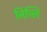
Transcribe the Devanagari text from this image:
निच्लि